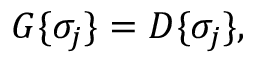
{ \cal G } \{ \sigma _ { j } \} = { \cal D } \{ \sigma _ { j } \} ,